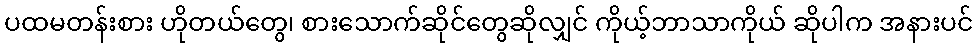
ပထမတန်းစား ဟိုတယ်တွေ၊ စားသောက်ဆိုင်တွေဆိုလျှင် ကိုယ့်ဘာသာကိုယ် ဆိုပါက အနားပင်